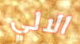
الالي